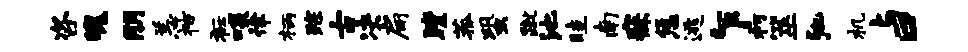
咨魄朋恙祜衽啖律柄踪古决扁瞠菰蛩蹴池畦南寐恁逃乍朽筮弛机与口